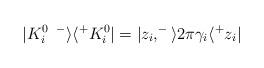
LaTeX: \begin{align*}|K_i^{0\enspace-}\rangle\langle^+K^{0}_i|=|z_i,^-\rangle2\pi\gamma_i\langle^+z_i|\end{align*}